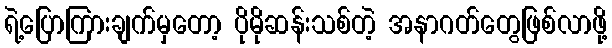
ရဲ့ပြောကြားချက်မှတော့ ပိုမိုဆန်းသစ်တဲ့ အနာဂတ်တွေဖြစ်လာဖို့